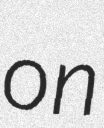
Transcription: on